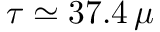
\tau \simeq 3 7 . 4 \, \mu